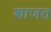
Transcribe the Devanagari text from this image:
शाजत